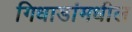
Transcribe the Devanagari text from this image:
गिधाडांमधील